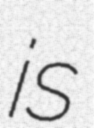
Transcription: is